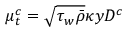
\mu _ { t } ^ { c } = \sqrt { \tau _ { w } \bar { \rho } } \kappa y D ^ { c }